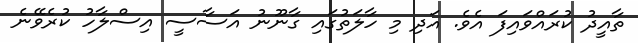
ތާއީދު ކުރައްވައިފަ އެވެ. އަދި މި ހާލަތުގައި ގާނޫނު އަސާސީ އިސްލާހު ކުރެވޭނެ